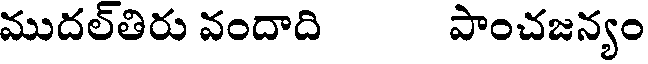
ముదల్తిరు వందాది పాంచజన్యం